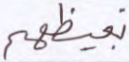
بغيظهم